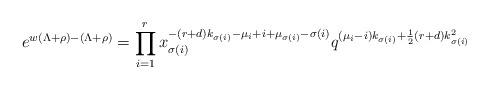
LaTeX: \begin{align*}e^{w(\Lambda+\rho)-(\Lambda+\rho)}=\prod_{i=1}^rx_{\sigma(i)}^{-(r+d)k_{\sigma(i)}-\mu_i+i+\mu_{\sigma(i)}-\sigma(i)}q^{ (\mu_i-i)k_{\sigma(i)} +\frac12(r+d)k_{\sigma(i)}^2 }\end{align*}